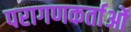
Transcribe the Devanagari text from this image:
परागणकर्ताओं